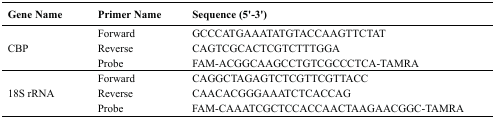
| Gene Name | Primer Name | Sequence (5'-3') |
 | --- | --- | --- |
 | <ROWSPAN=3> CBP | Forward | GCCCATGAAATATGTACCAAGTTCTAT |
 | Reverse | CAGTCGCACTCGTCTTTGGA |
 | Probe | FAM-ACGGCAAGCCTGTCGCCCTCA-TAMRA |
 | <ROWSPAN=3> 18S rRNA | Forward | CAGGCTAGAGTCTCGTTCGTTACC |
 | Reverse | CAACACGGGAAATCTCACCAG |
 | Probe | FAM-CAAATCGCTCCACCAACTAAGAACGGC-TAMRA |